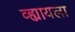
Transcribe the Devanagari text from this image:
व्ह्यायला